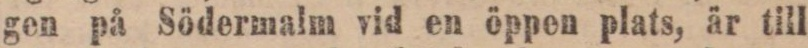
gen på Södermalm vid en öppen plats, är till